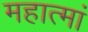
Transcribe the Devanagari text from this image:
महात्मां